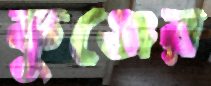
কুঞ্জের